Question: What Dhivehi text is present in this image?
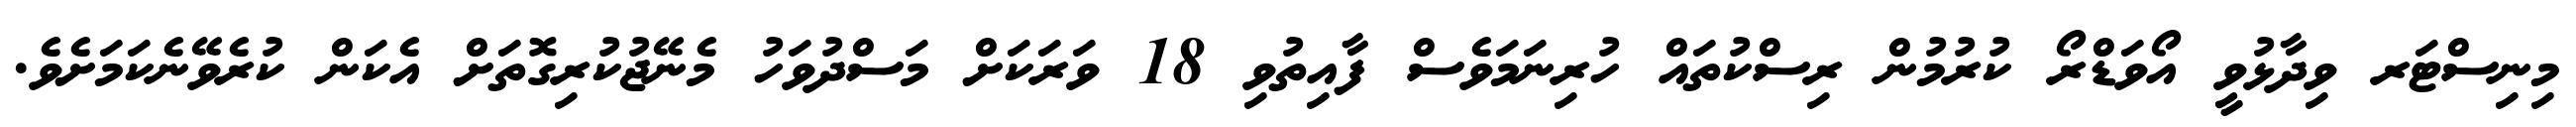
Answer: މިނިސްޓަރ ވިދާޅުވީ އޯވަޑްރޯ ކުރުމުން ރިސްކުތައް ހުރިނަމަވެސް ފާއިތުވި 18 ވަރަކަށް މަސްދުވަހު މެނޭޖުކުރިގޮތަށް އެކަން ކުރެވޭނެކަމަށެވެ.